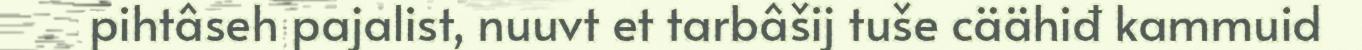
pihtâseh pajalist, nuuvt et tarbâšij tuše cäähiđ kammuid